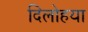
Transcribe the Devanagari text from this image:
दिलोहया